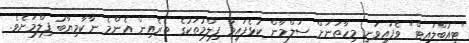
"ޓިއުބްލައިޓް" ވެފައިވަނީ މިހާތަނަށް ސަލްމާން ކުޅެފައިވާ ފިލްމުތަކުގެ ތެރެއިން އެންމެ ނާކާމިޔާބު ފިލްމަށެވެ.